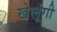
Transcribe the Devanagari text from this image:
खेलूंगी